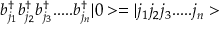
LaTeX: b _ { j _ { 1 } } ^ { \dagger } b _ { j _ { 2 } } ^ { \dagger } b _ { j _ { 3 } } ^ { \dagger } . . . . . b _ { j _ { n } } ^ { \dagger } | 0 > = | j _ { 1 } j _ { 2 } j _ { 3 } . . . . . j _ { n } >